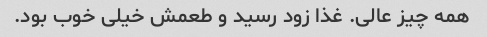
همه چیز عالی. غذا زود رسید و طعمش خیلی خوب بود.